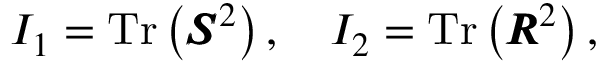
I _ { 1 } = \operatorname { T r } \left( \pmb { S } ^ { 2 } \right) , \quad I _ { 2 } = \operatorname { T r } \left( \pmb { R } ^ { 2 } \right) ,